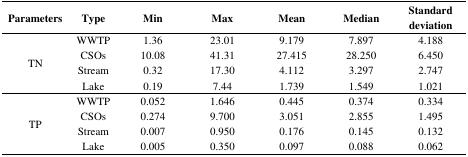
<table><thead><tr><td><b>Parameters</b></td><td><b>Type</b></td><td><b>Min</b></td><td><b>Max</b></td><td><b>Mean</b></td><td><b>Median</b></td><td><b>Standard deviation</b></td></tr></thead><tbody><tr><td rowspan="4">TN</td><td>WWTP</td><td>1.36</td><td>23.01</td><td>9.179</td><td>7.897</td><td>4.188</td></tr><tr><td>CSOs</td><td>10.08</td><td>41.31</td><td>27.415</td><td>28.250</td><td>6.450</td></tr><tr><td>Stream</td><td>0.32</td><td>17.30</td><td>4.112</td><td>3.297</td><td>2.747</td></tr><tr><td>Lake</td><td>0.19</td><td>7.44</td><td>1.739</td><td>1.549</td><td>1.021</td></tr><tr><td rowspan="4">TP</td><td>WWTP</td><td>0.052</td><td>1.646</td><td>0.445</td><td>0.374</td><td>0.334</td></tr><tr><td>CSOs</td><td>0.274</td><td>9.700</td><td>3.051</td><td>2.855</td><td>1.495</td></tr><tr><td>Stream</td><td>0.007</td><td>0.950</td><td>0.176</td><td>0.145</td><td>0.132</td></tr><tr><td>Lake</td><td>0.005</td><td>0.350</td><td>0.097</td><td>0.088</td><td>0.062</td></tr></tbody></table>